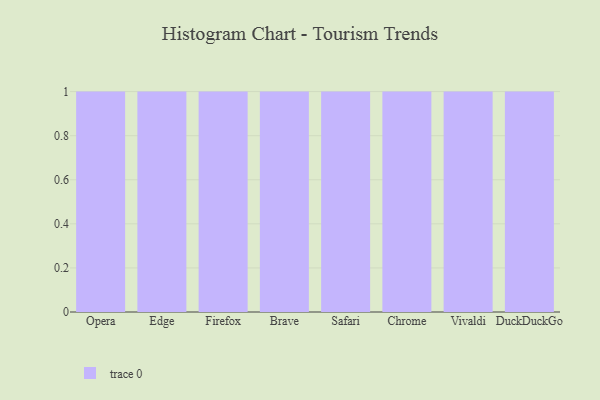
{"axis": {"x": "Browser", "y": "Inventory Turnover"}, "legend": [""], "data": [{"x": "Opera", "y": 20, "type": ""}, {"x": "Edge", "y": 50, "type": ""}, {"x": "Firefox", "y": 54, "type": ""}, {"x": "Brave", "y": 14, "type": ""}, {"x": "Safari", "y": 2, "type": ""}, {"x": "Chrome", "y": 68, "type": ""}, {"x": "Vivaldi", "y": 84, "type": ""}, {"x": "DuckDuckGo", "y": 47, "type": ""}]}